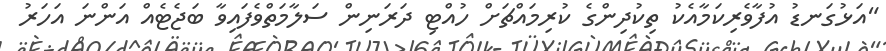
"އަޅުގަނޑު އުފާވެރިކަމާއެކު ތިކުދިންގެ ކުރިމައްޗަށް ހުއްޓި ދަރަނިން ސަލާމަތްވެފައިވާ ބަޖެޓެއް އަންނަ އަހަރު